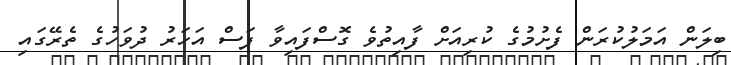
ބިލަން އަމަލުކުރަން ފެށުމުގެ ކުރިއަށް ފާއިތުވެ ގޮސްފައިވާ ފަސް އަހަރު ދުވަހުގެ ތެރޭގައި